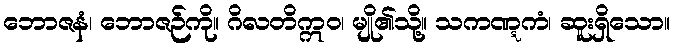
ဘောဇနံ၊ ဘောဇဉ်ကို။ ဂိလတိဣဝ၊ မျို၏သို့။ သကဏ္ဋကံ၊ ဆူးရှိသော။